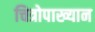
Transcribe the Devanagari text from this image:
चित्रोपाख्यान